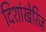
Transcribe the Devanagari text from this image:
दिशांखेरिज